Document type: Sale
Year: 1326
Scribe: Bartomeu Marc
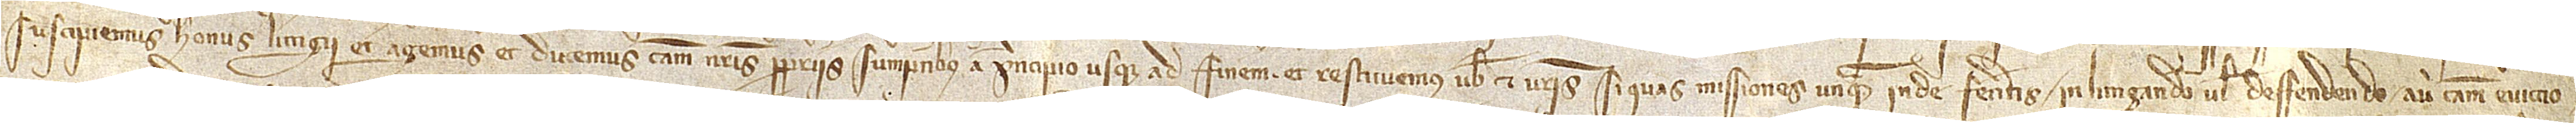
suscipiemus honus litigii et agemus et ducemus causam nostris propriis sumptibus a principio usque ad finem; et restituemus vobis et vestris si quas missiones unquam inde feceritis in littigando vel deffendendo aut tamem eviccio-